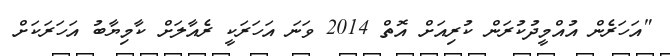
"އަހަރެން އުއްމީދުކުރަން ކުރިއަށް އޮތް 2014 ވަނަ އަހަރަކީ ރެއާލަށް ކާމިޔާބު އަހަރަކަށް